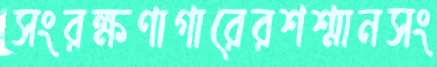
সংরক্ষণাগারেরশশ্মানসং